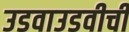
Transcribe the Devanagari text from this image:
उडवाउडवीची